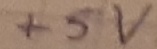
Text: +5v